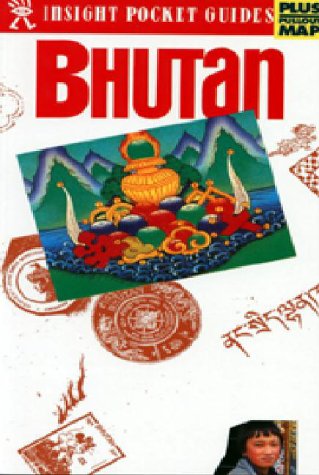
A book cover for Bhutan (Insight Pocket Guide Bhutan); Insight Guides; Travel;